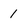
Character: 1